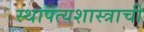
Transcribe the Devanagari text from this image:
स्थापत्यशास्त्राची